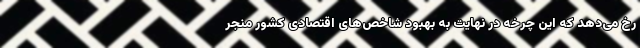
رخ می‌دهد که این چرخه در نهایت به بهبود شاخص‌های اقتصادی کشور منجر